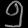
Digit: ၅